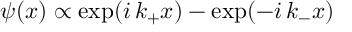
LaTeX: \psi ( x ) \propto \exp ( i \, k _ { + } x ) - \exp ( - i \, k _ { - } x )